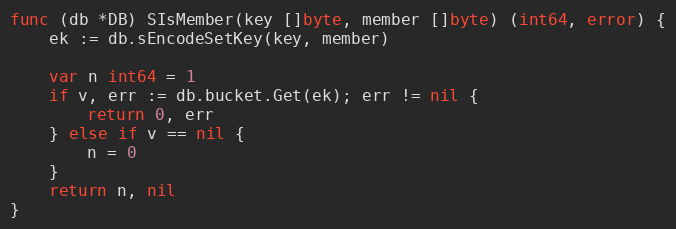
Language: Go
func (db *DB) SIsMember(key []byte, member []byte) (int64, error) {
	ek := db.sEncodeSetKey(key, member)

	var n int64 = 1
	if v, err := db.bucket.Get(ek); err != nil {
		return 0, err
	} else if v == nil {
		n = 0
	}
	return n, nil
}